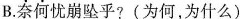
B.奈何忧崩坠乎?(为何，为什么)